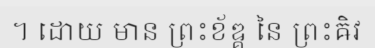
។ ដោយ មាន ព្រះខ័ឌ្គ នៃ ព្រះឝិវ